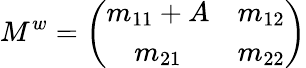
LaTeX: M^{w}=\left(\begin{array}{cc}{{m_{11}+A}}&{{m_{12}}}\\ {{m_{21}}}&{{m_{22}}}\end{array}\right)